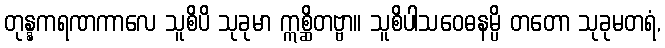
တုန္နကရဏကာလေ သူစိပိ သုခုမာ ဣစ္ဆိတဗ္ဗာ။ သူစိပါသဝေဓနမ္ပိ တတော သုခုမတရံ,